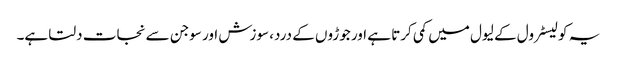
یہ کولیسٹرول کے لیول میں کمی کرتا ہے اور جوڑوں کے درد، سوزش اور سوجن سے نجات دلتا ہے۔